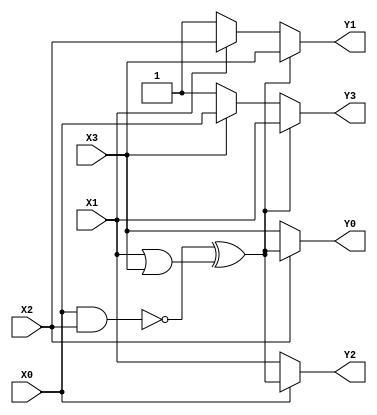
/////////////////////////////////////////////////////////////////////////////////
//
// Original Author: Alexander Maximov and Patrik Ekdahl
// Adapted by:
// 
// Module Name: inv
// Project Name: aes_sboxes
// Description: Inversion in GF(2^4).
//              Adapted from Alexander Maximov and Patrik Ekdahl's 
//              "New Circuit Minimization Techniques 
//              for Smaller and Faster AES SBoxes"
// 
// Dependencies: None.
// 
// Additional Comments: None.
// 
//////////////////////////////////////////////////////////////////////////////////

module inv (
    input   wire    X0, X1, X2, X3,
    output  wire    Y0, Y1, Y2, Y3
);
    //----------------------------------------------------------------
    // Wires/Regs
    //----------------------------------------------------------------
    wire T0, T1, T2, T3, T4;

    //----------------------------------------------------------------
    // Continuous Assignments
    //----------------------------------------------------------------
    assign T0 = ~(X0 & X2); // NAND
    assign T1 = ~(X1 | X3); // NOR
    assign T2 = T0 ^ ~T1; // XNOR
    assign Y0 = X2 ? T2 : X3; // MUX
    assign Y2 = X0 ? T2 : X1; // MUX
    assign T3 = X1 ? X2 : 1; // MUX
    assign Y1 = T2 ? X3 : T3; // MUX
    assign T4 = X3 ? X0 : 1; // MUX
    assign Y3 = T2 ? X1 : T4; // MUX

endmodule // inv